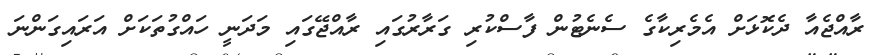
ރާއްޖެއާ ދެކޮޅަށް އެމެރިކާގެ ސެނެޓުން ފާސްކުރި ގަރާރުގައި ރާއްޖޭގައި މަދަނީ ހައްގުތަކަށް އަރައިގަންނަ